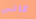
كاتس